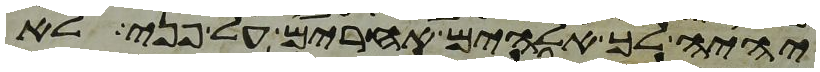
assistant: יהיה לך אלהים אחרים על פני לא